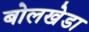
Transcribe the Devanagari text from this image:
बोलखेडा